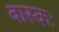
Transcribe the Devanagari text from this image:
बास्कः